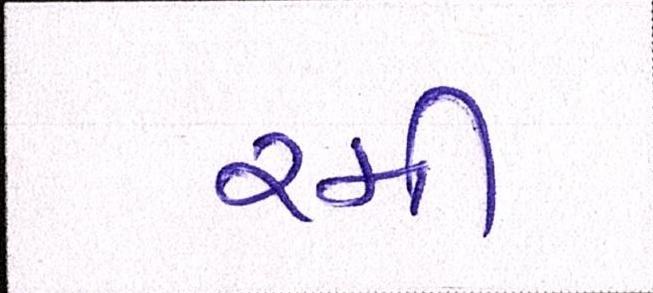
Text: રમી